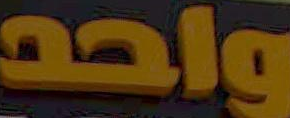
واحد